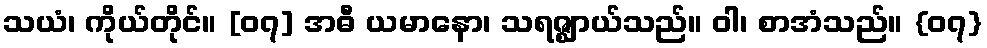
သယံ၊ ကိုယ်တိုင်။ [၀၇] အဓီ ယမာနော၊ သရဇ္ဈာယ်သည်။ ဝါ၊ စာအံသည်။ {၀၇}